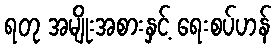
ရတု အမျိုးအစားနှင့် ရေးစပ်ဟန်